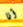
أنا